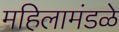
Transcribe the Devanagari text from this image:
महिलामंडळे